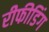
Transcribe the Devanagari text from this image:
रीफीडिंग